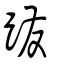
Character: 蹳